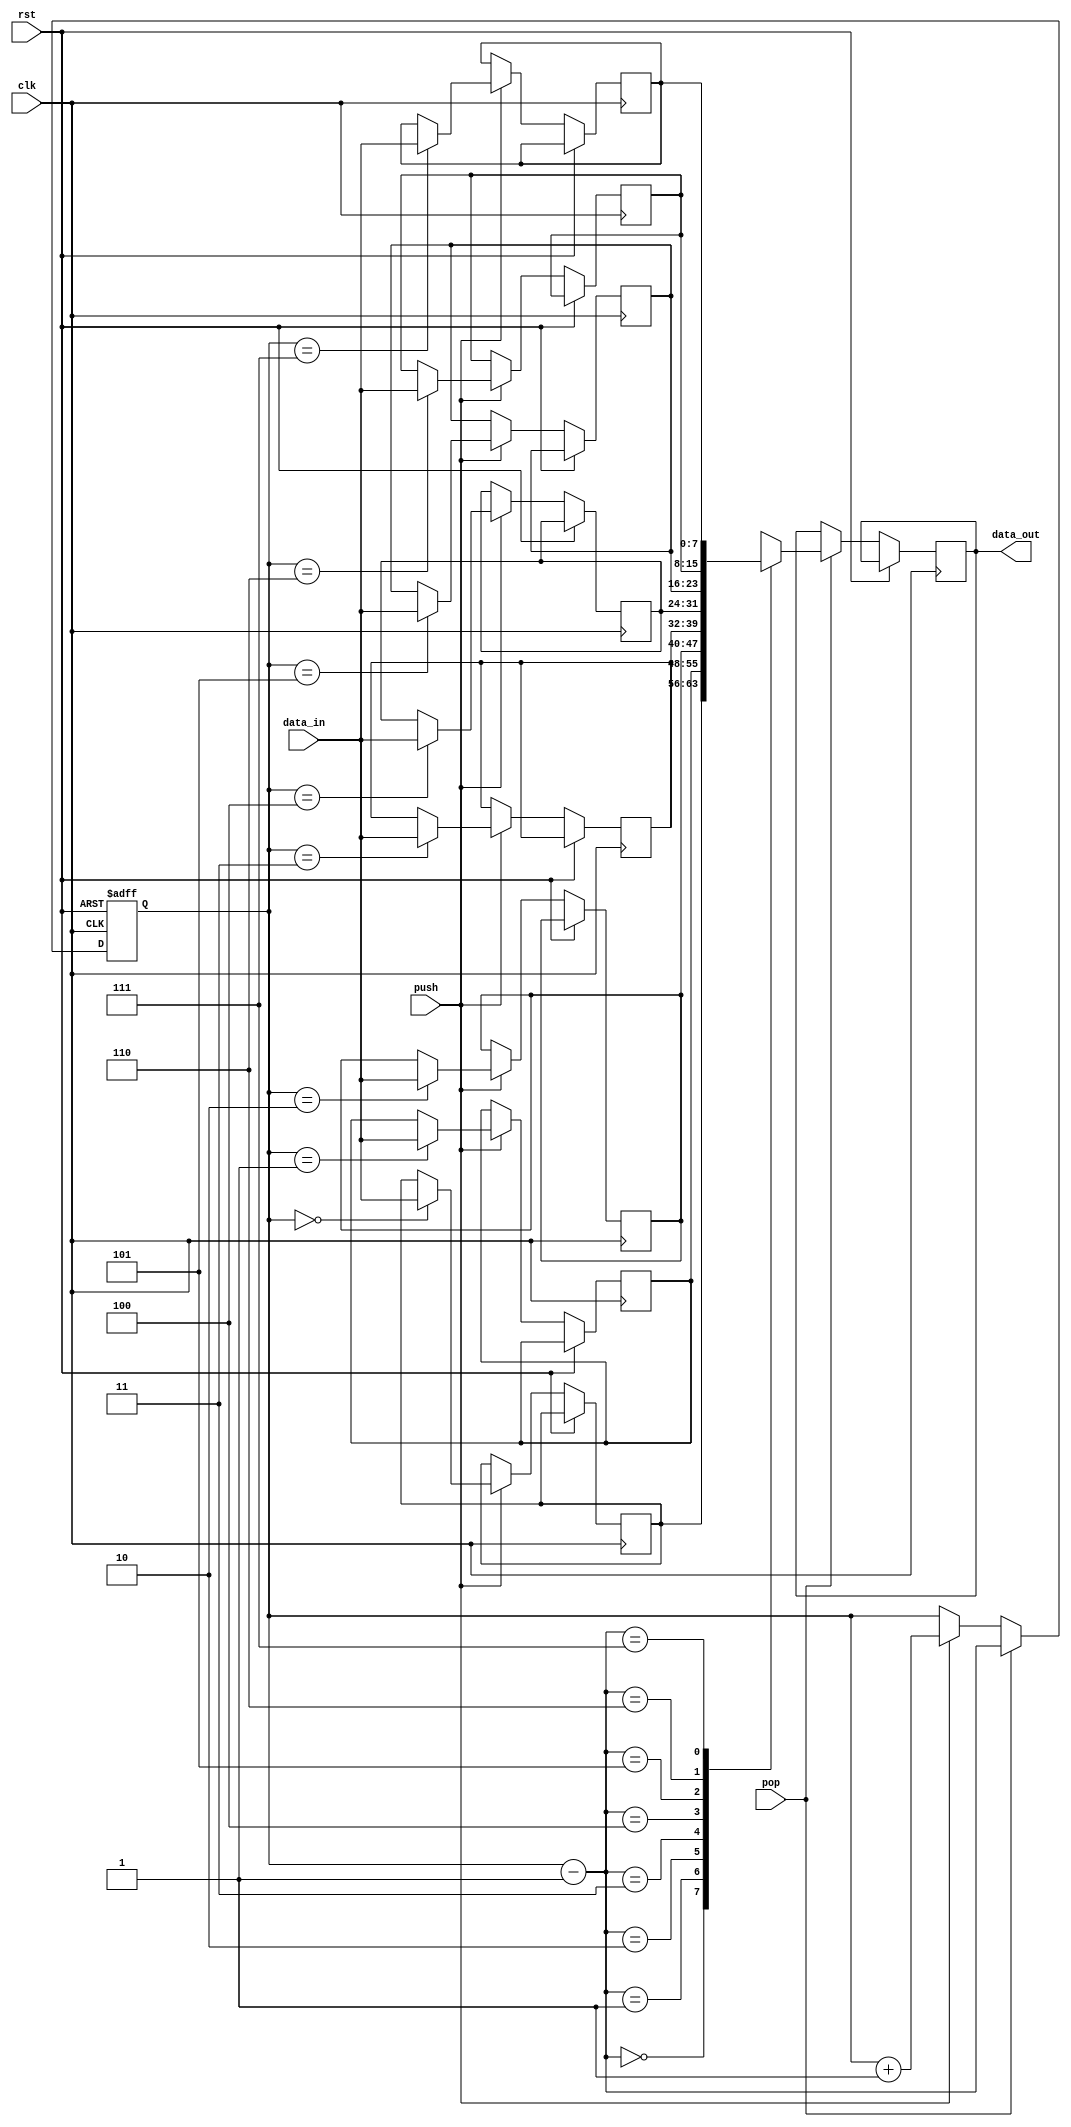
module lifo_stack(
    input wire clk,
    input wire rst,
    input wire push,
    input wire pop,
    input wire [7:0] data_in,
    output reg [7:0] data_out
);

reg [7:0] memory [0:7];
reg [2:0] top;

always @(posedge clk or posedge rst) begin
    if (rst) begin
        top <= 3'b000;
    end else begin
        if (push) begin
            memory[top] <= data_in;
            top <= top + 1;
        end
        if (pop) begin
            data_out <= memory[top-1];
            top <= top - 1;
        end   
    end
end

endmodule